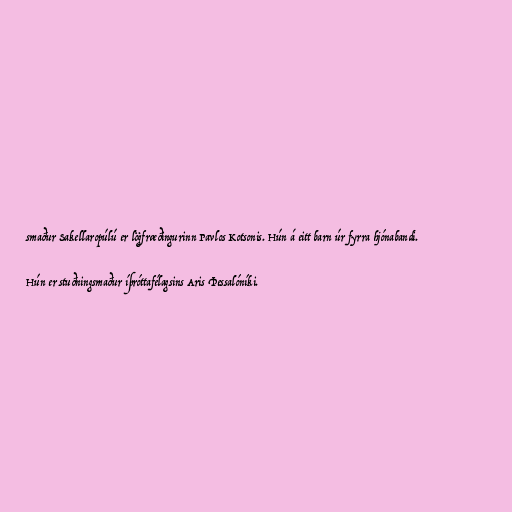
smaður Sakellaropúlú er lögfræðingurinn Pavlos Kotsonis. Hún á eitt barn úr fyrra hjónabandi.

Hún er stuðningsmaður íþróttafélagsins Aris Þessalóníki.